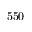
5 5 0